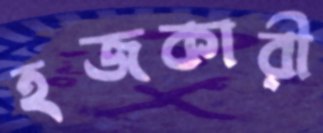
হজকারী